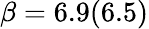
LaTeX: \beta=6.9(6.5)